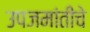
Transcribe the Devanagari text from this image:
उपजमांतीचे